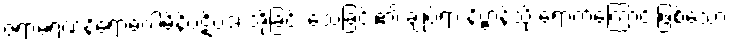
ဇရာမရဏနိရောဓဂါမိနိပဋိပဒံ၊ အိုခြင်း သေခြင်း၏ ချုပ်ရာ နိဗ္ဗာန်သို့ ရောက်ကြောင်းဖြစ်သော